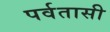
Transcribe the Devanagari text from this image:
पर्वतासी